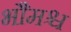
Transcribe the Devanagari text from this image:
भौमश्च